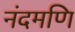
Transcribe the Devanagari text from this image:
नंदमणि